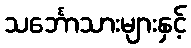
သင်္ဘောသားများနှင့်